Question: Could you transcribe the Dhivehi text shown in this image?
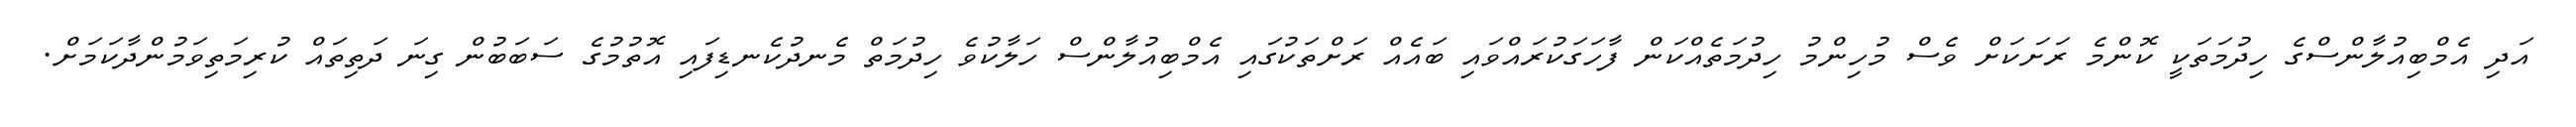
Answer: އަދި އެމްބިއުލާންސްގެ ހިދުމަތަކީ ކޮންމެ ރަށަކަށް ވެސް މުހިންމު ހިދުމަތެއްކަން ފާހަގަކުރައްވައި ބައެއް ރަށްތަކުގައި އެމްބިއުލާންސް ހަލާކުވެ ހިދުމަތް މެނދުކެނޑިފައި އޮތުމުގެ ސަބަބުން ގިނަ ދަތިތައް ކުރިމަތިވަމުންދާކަމަށް.